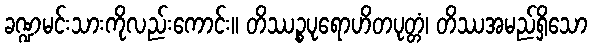
ခဏ္ဍမင်းသားကိုလည်းကောင်း။ တိဿဉ္စပုရောဟိတပုတ္တံ၊ တိဿအမည်ရှိသော